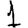
Digit: 1